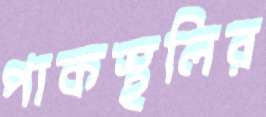
পাকস্থলির